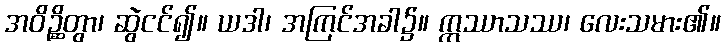
အဝိဉ္ဆိတွာ၊ ဆွဲငင်၍။ ယဒါ၊ အကြင်အခါ၌။ ဣဿာသဿ၊ လေးသမား၏။